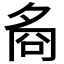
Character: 𡖛